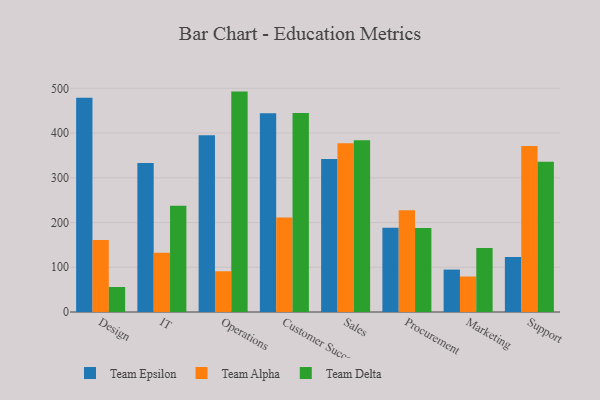
{"axis": {"x": "Department", "y": "Tickets Resolved"}, "legend": ["Team Alpha", "Team Delta", "Team Epsilon"], "data": [{"x": "Design", "y": 478.7, "type": "Team Epsilon"}, {"x": "Design", "y": 160.9, "type": "Team Alpha"}, {"x": "Design", "y": 55.9, "type": "Team Delta"}, {"x": "IT", "y": 332.9, "type": "Team Epsilon"}, {"x": "IT", "y": 132.4, "type": "Team Alpha"}, {"x": "IT", "y": 237.6, "type": "Team Delta"}, {"x": "Operations", "y": 395.3, "type": "Team Epsilon"}, {"x": "Operations", "y": 91.1, "type": "Team Alpha"}, {"x": "Operations", "y": 492.7, "type": "Team Delta"}, {"x": "Customer Success", "y": 444.4, "type": "Team Epsilon"}, {"x": "Customer Success", "y": 211.0, "type": "Team Alpha"}, {"x": "Customer Success", "y": 445.0, "type": "Team Delta"}, {"x": "Sales", "y": 341.9, "type": "Team Epsilon"}, {"x": "Sales", "y": 377.1, "type": "Team Alpha"}, {"x": "Sales", "y": 383.7, "type": "Team Delta"}, {"x": "Procurement", "y": 188.6, "type": "Team Epsilon"}, {"x": "Procurement", "y": 227.2, "type": "Team Alpha"}, {"x": "Procurement", "y": 187.8, "type": "Team Delta"}, {"x": "Marketing", "y": 94.8, "type": "Team Epsilon"}, {"x": "Marketing", "y": 79.3, "type": "Team Alpha"}, {"x": "Marketing", "y": 143.0, "type": "Team Delta"}, {"x": "Support", "y": 122.8, "type": "Team Epsilon"}, {"x": "Support", "y": 371.2, "type": "Team Alpha"}, {"x": "Support", "y": 336.0, "type": "Team Delta"}]}